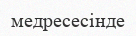
медресесінде